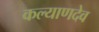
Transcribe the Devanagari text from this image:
कल्याणदेव